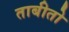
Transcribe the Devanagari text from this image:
ताबीतो